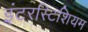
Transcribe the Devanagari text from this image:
इंटरस्टिशियम